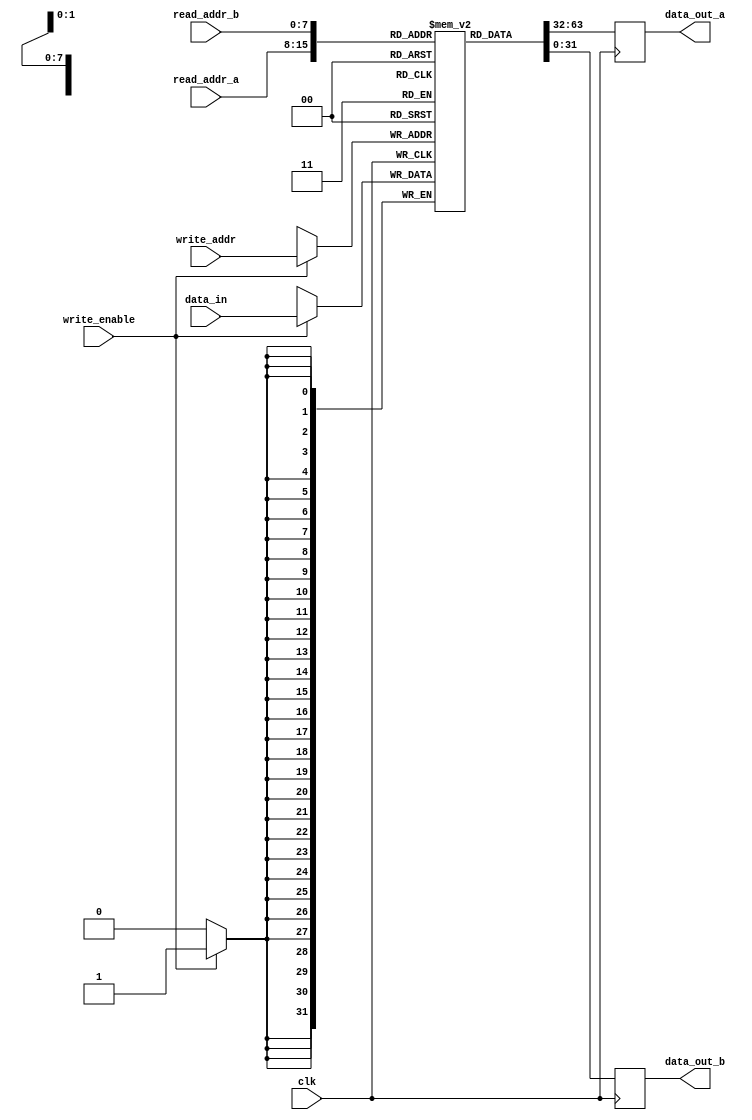
module dual_port_register_file (
    input wire clk,
    input wire [7:0] read_addr_a,
    input wire [7:0] read_addr_b,
    output reg [31:0] data_out_a,
    output reg [31:0] data_out_b,
    input wire [7:0] write_addr,
    input wire [31:0] data_in,
    input wire write_enable
);

reg [31:0] registers [255:0];

always @(posedge clk) begin
    if (write_enable) begin
        registers[write_addr] <= data_in;
    end
    data_out_a <= registers[read_addr_a];
    data_out_b <= registers[read_addr_b];
end

endmodule